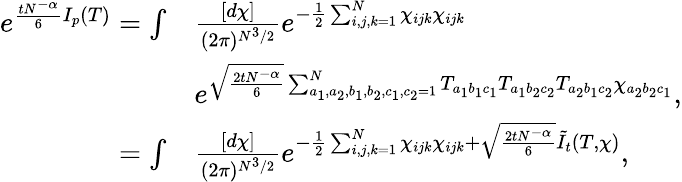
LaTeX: \begin{array}{rl}{e^{\frac{tN^{-\alpha}}{6}I_{p}(T)}=\int}&{\frac{[d\chi]}{(2\pi)^{N^{3}/2}}e^{-\frac{1}{2}\sum_{i,j,k=1}^{N}\chi_{ijk}\chi_{ijk}}}\\ &{e^{\sqrt{\frac{2tN^{-\alpha}}{6}}\sum_{a_{1},a_{2},b_{1},b_{2},c_{1},c_{2}=1}^{N}T_{a_{1}b_{1}c_{1}}T_{a_{1}b_{2}c_{2}}T_{a_{2}b_{1}c_{2}}\chi_{a_{2}b_{2}c_{1}}}\mathrm{,}}\\ {=\int}&{\frac{[d\chi]}{(2\pi)^{N^{3}/2}}e^{-\frac{1}{2}\sum_{i,j,k=1}^{N}\chi_{ijk}\chi_{ijk}+\sqrt{\frac{2tN^{-\alpha}}{6}}\tilde{I}_{t}(T,\chi)}\mathrm{,}}\end{array}